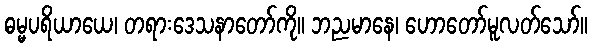
ဓမ္မပရိယာယေ၊ တရားဒေသနာတော်ကို။ ဘညမာနေ၊ ဟောတော်မူလတ်သော်။